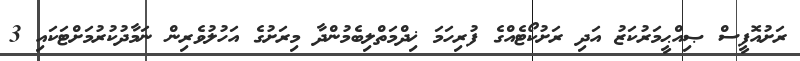
ރަށުއޮފީސް ޞިއްޙީމަރުކަޒު އަދި ރަށުކޯޓެއްގެ ފުރިހަމަ ޚިދްމަތްލިބެމުންދާ މިރަށުގެ އަހުލުވެރިން ނަމާދުކުރުމަށްޓަކައި 3